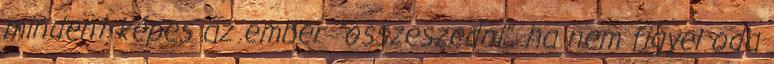
mindent képes az ember "összeszedni", ha nem figyel oda